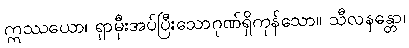
ဣဿယော၊ ရှာမှီးအပ်ပြီးသောဂုဏ်ရှိကုန်သော။ သီလနန္တော၊